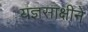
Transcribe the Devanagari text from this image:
यज्ञसाक्षीने